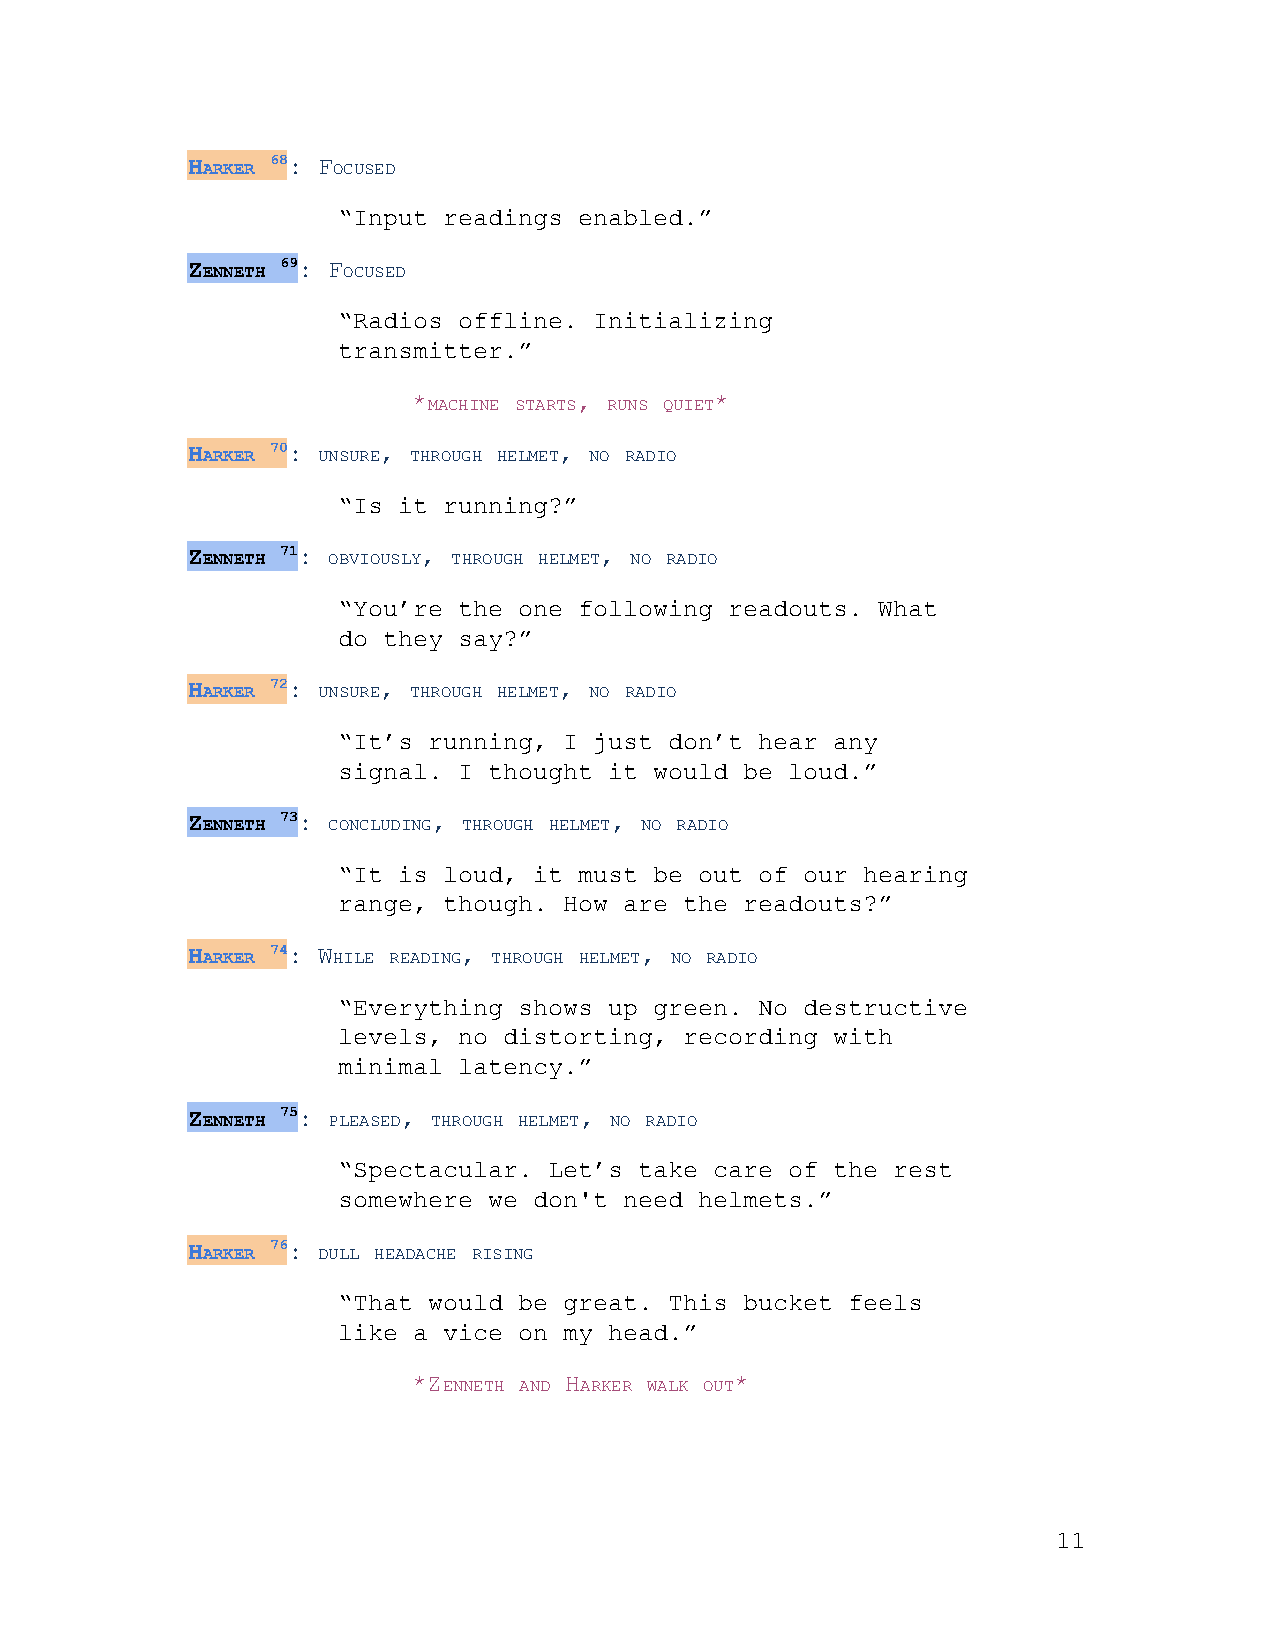
HARKER 68 ​: FOCUSED
 ​   ​ ​  ​
 “Input readings enabled.”
 ZENNETH 69 ​: FOCUSED
 ​    ​ ​  ​
 “Radios offline. Initializing
 transmitter.”
 *MACHINE STARTS, RUNS QUIET*
 ​    ​ ​  ​ ​  ​ ​ ​
 HARKER 70 ​: UNSURE, THROUGH HELMET, NO RADIO
 ​   ​ ​ ​   ​ ​    ​ ​  ​ ​ ​ ​
 “Is it running?”
 ZENNETH 71 ​: OBVIOUSLY, THROUGH HELMET, NO RADIO
 ​    ​ ​ ​     ​ ​    ​ ​  ​ ​ ​ ​
 “You’re the one following readouts. What
 do they say?”
 HARKER 72 ​: UNSURE, THROUGH HELMET, NO RADIO
 ​   ​ ​ ​   ​ ​    ​ ​  ​ ​ ​ ​
 “It’s running, I just don’t hear any
 signal. I thought it would be loud.”
 ZENNETH 73 ​: CONCLUDING, THROUGH HELMET, NO RADIO
 ​    ​ ​ ​      ​ ​   ​ ​  ​ ​ ​ ​
 “It is loud, it must be out of our hearing
 range, though. How are the readouts?”
 HARKER 74 ​: WHILE READING, THROUGH HELMET, NO RADIO
 ​   ​ ​  ​  ​ ​   ​ ​   ​ ​  ​ ​ ​ ​
 “Everything shows up green. No destructive
 levels, no distorting, recording with
 minimal latency.”
 ZENNETH 75 ​: PLEASED, THROUGH HELMET, NO RADIO
 ​    ​ ​ ​    ​ ​   ​ ​  ​ ​ ​ ​
 “Spectacular. Let’s take care of the rest
 somewhere we don't need helmets.”
 HARKER 76 ​: DULL HEADACHE RISING
 ​   ​ ​ ​  ​ ​   ​ ​
 “That would be great. This bucket feels
 like a vice on my head.”
 *ZENNETH AND HARKER WALK OUT*
 ​   ​ ​ ​ ​  ​ ​ ​ ​ ​
 11